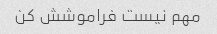
مهم نیست فراموشش کن